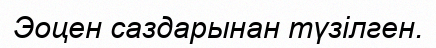
Эоцен саздарынан түзілген.